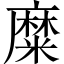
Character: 糜